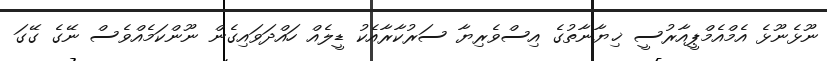
ނޫޅެނޫޅެ އެމްއެމްޕީއާރުސީ ޚިޔާނާތުގެ އިސްވެރިޔާ ސަރުކާރާއެކު ޑީލެއް ހައްދަވައިގެން ނޫންކަމެއްވެސް ނޭގެ ގޭގަ